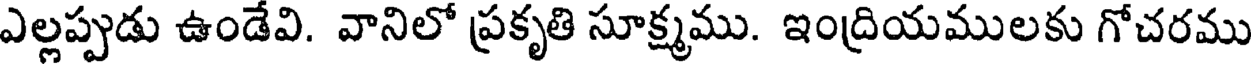
ఎల్లప్పుడు ఉండేవి. వానిలో ప్రకృతి సూక్ష్మము. ఇంద్రియములకు గోచరము